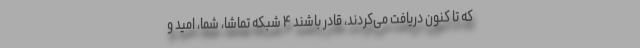
که تا کنون دریافت می‌کردند، قادر باشند ۴ شبکه‌ تماشا، شما، امید و